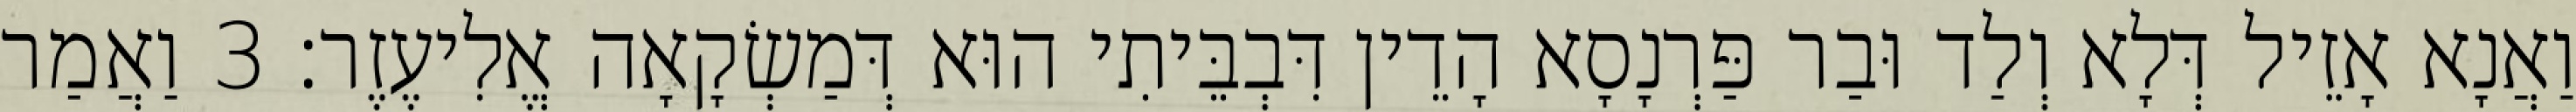
וַאֲנָא אָזֵיל דְּלָא וְלַד וּבַר פַּרְנָסָא הָדֵין דִּבְבֵּיתִי הוּא דְּמַשְׂקָאָה אֱלִיעֶזֶר׃ 3 וַאֲמַר